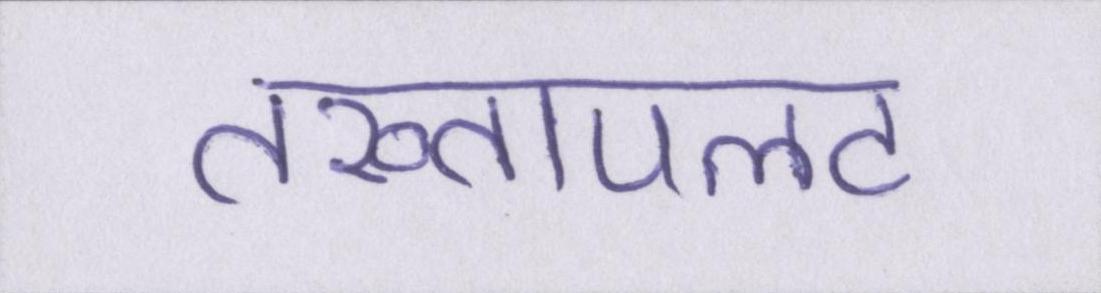
तख्तापलट